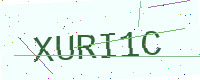
Text: XURI1C